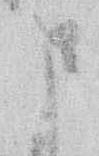
さ